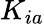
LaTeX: K_{ia}